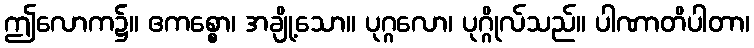
ဤလောက၌။ ဧကစ္စော၊ အချို့သော။ ပုဂ္ဂလော၊ ပုဂ္ဂိုလ်သည်။ ပါဏာတိပါတာ၊